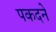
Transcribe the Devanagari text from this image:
पकदने